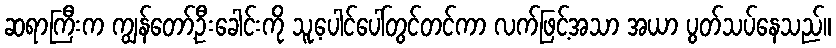
ဆရာကြီးက ကျွန်တော့်ဦးခေါင်းကို သူ့ပေါင်ပေါ်တွင်တင်ကာ လက်ဖြင့်အသာ အယာ ပွတ်သပ်နေသည်။